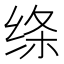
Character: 绦